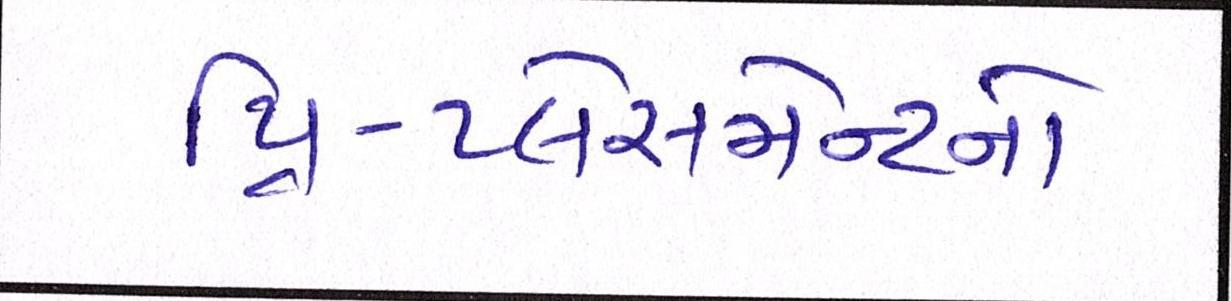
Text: પ્રિ-પ્લેસમેન્ટનો